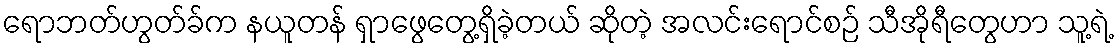
ရောဘတ်ဟွတ်ခ်က နယူတန် ရှာဖွေတွေ့ရှိခဲ့တယ် ဆိုတဲ့ အလင်းရောင်စဉ် သီအိုရီတွေဟာ သူ့ရဲ့